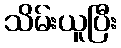
သိမ်းယူပြီး